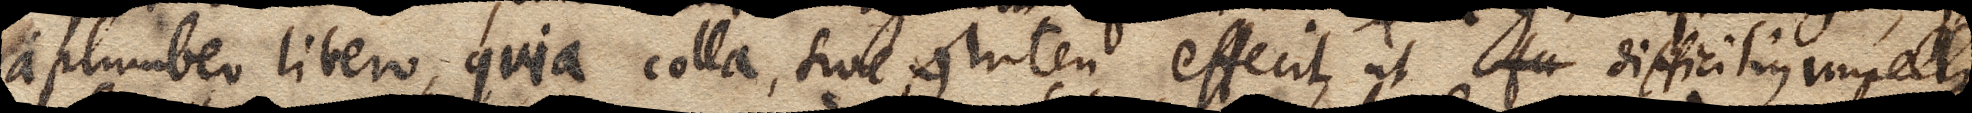
a plumbeo libero, quia colla, sive gluten effecit, ut fa difficilius impelli